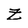
Character: Z